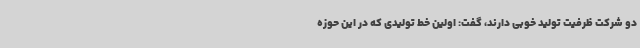
دو شرکت ظرفیت تولید خوبی دارند، گفت: اولین خط تولیدی که در این حوزه